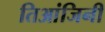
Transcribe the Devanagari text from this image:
तिआंजिनी